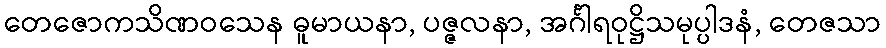
တေဇောကသိဏဝသေန ဓူမာယနာ, ပဇ္ဇလနာ, အင်္ဂါရဝုဋ္ဌိသမုပ္ပါဒနံ, တေဇသာ